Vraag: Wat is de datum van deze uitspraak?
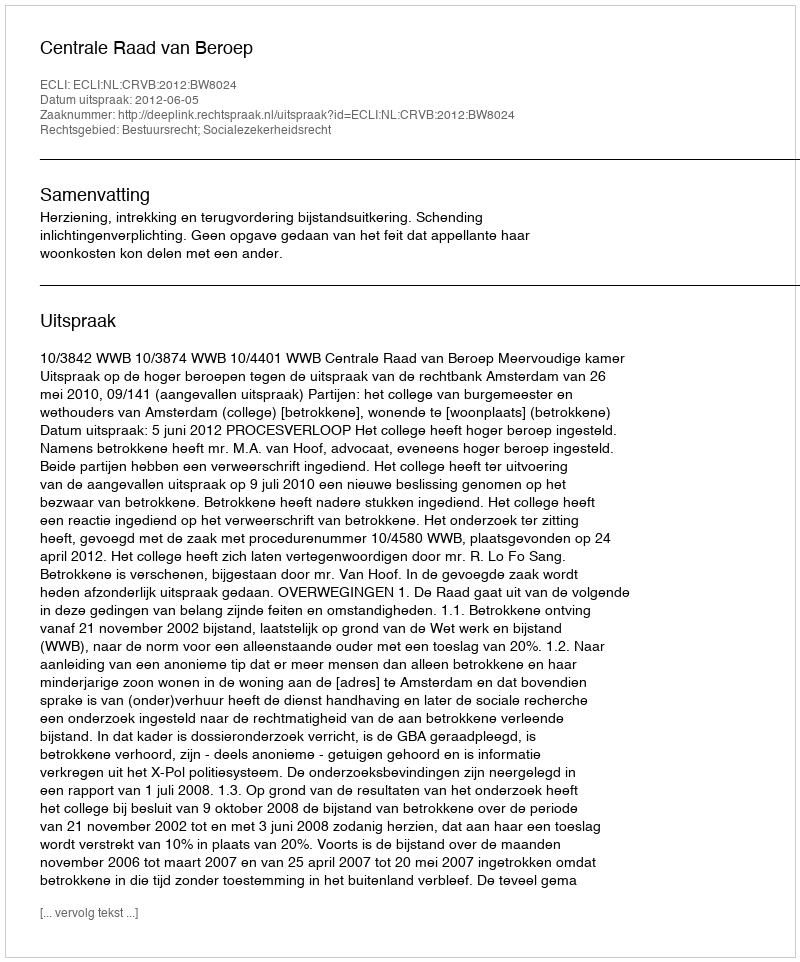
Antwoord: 2012-06-05